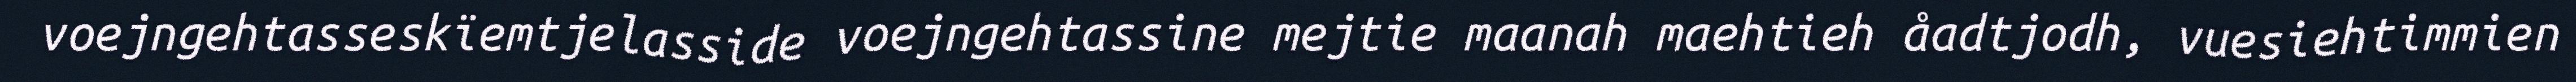
voejngehtasseskïemtjelasside voejngehtassine mejtie maanah maehtieh åadtjodh, vuesiehtimmien